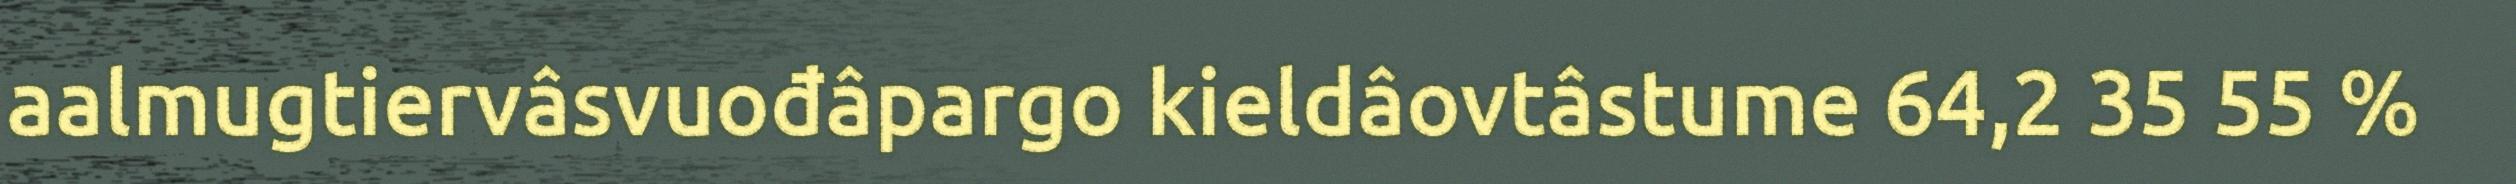
aalmugtiervâsvuođâpargo kieldâovtâstume 64,2 35 55 %